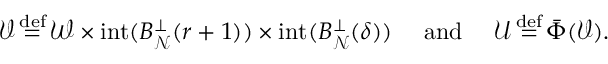
\begin{array} { r } { \mathcal { V } { \, \stackrel { \mathrm { d e f } } { = } \, } \mathcal { W } \times \mathrm { i n t } ( B _ { \mathcal { N } } ^ { \perp } ( r + 1 ) ) \times \mathrm { i n t } ( B _ { \mathcal { N } } ^ { \perp } ( \delta ) ) \ \ \ \mathrm { ~ a n d ~ } \ \ \ \mathcal { U } { \, \stackrel { \mathrm { d e f } } { = } \, } \bar { \Phi } ( \mathcal { V } ) . } \end{array}